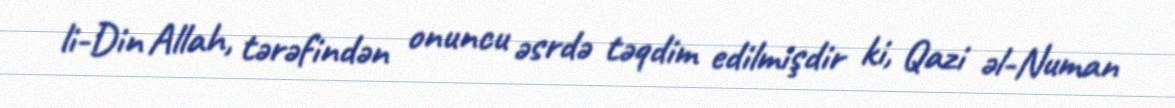
li-Din Allah, tərəfindən onuncu əsrdə təqdim edilmişdir ki, Qazi əl-Numan